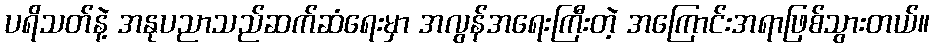
ပရိသတ်နဲ့ အနုပညာသည်ဆက်ဆံရေးမှာ အလွန်အရေးကြီးတဲ့ အကြောင်းအရာဖြစ်သွားတယ်။